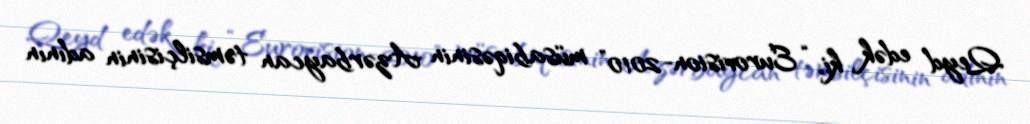
Qeyd edək ki, “Eurovision-2010” müsabiqəsinin Azərbaycan təmsilçisinin adının